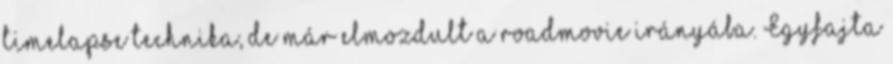
timelapse technika, de már elmozdult a roadmovie irányába. Egyfajta